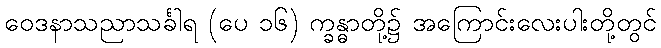
ဝေဒနာသညာသင်္ခါရ (ပေ ၁၆) က္ခန္ဓာတို့၌ အကြောင်းလေးပါးတို့တွင်